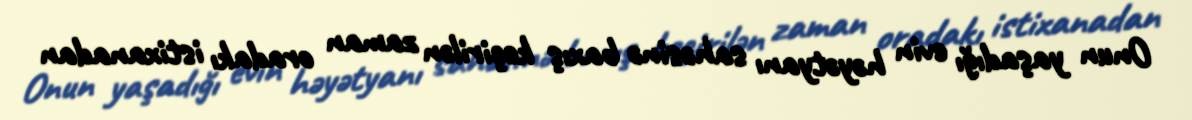
Onun yaşadığı evin həyətyanı sahəsinə baxış keçirilən zaman oradakı istixanadan